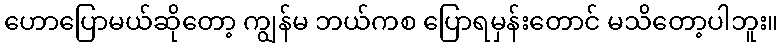
ဟောပြောမယ်ဆိုတော့ ကျွန်မ ဘယ်ကစ ပြောရမှန်းတောင် မသိတော့ပါဘူး။